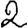
Digit: 2